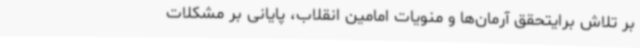
بر تلاش برایتحقق آرمان‌ها و منویات امامین انقلاب، پایانی بر مشکلات